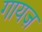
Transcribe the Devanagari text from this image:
गायज़